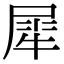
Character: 犀